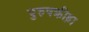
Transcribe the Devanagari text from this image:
पुरुषक्रीड़ा